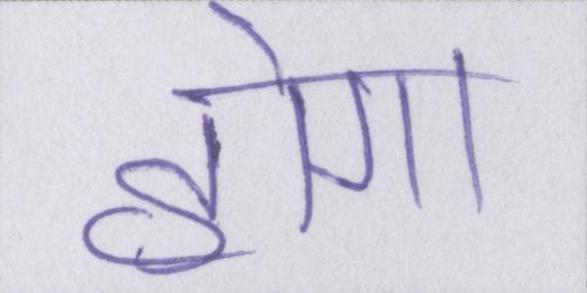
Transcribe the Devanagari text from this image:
होगा